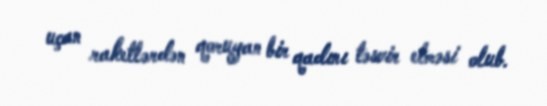
uçan raketlərdən qoruyan bir qadını təsvir etməsi olub.